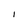
Character: I